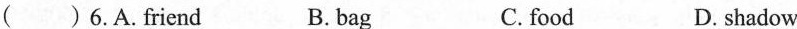
()6.A.Friend B. bag C. food D. shadow